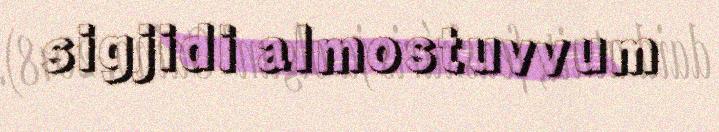
sigjidi almostuvvum